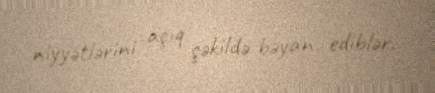
niyyətlərini açıq şəkildə bəyan ediblər.